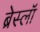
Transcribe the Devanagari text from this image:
ब्रेस्लॉ